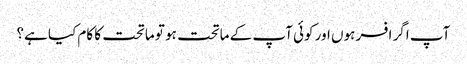
آپ اگر افسر ہوں اور کوئی آپ کے ماتحت ہو تو ماتحت کا کام کیا ہے؟